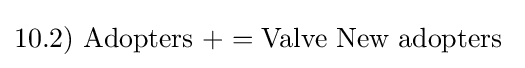
10.2)\ {\mbox{Adopters}}\ +={\mbox{Valve New adopters }}